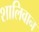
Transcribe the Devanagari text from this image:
शालिवान